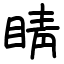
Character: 睛